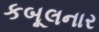
કબૂલનાર